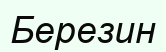
Березин